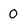
Character: O